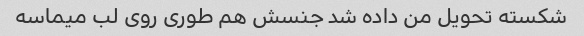
شکسته تحویل من داده شد جنسش هم طوری روی لب میماسه